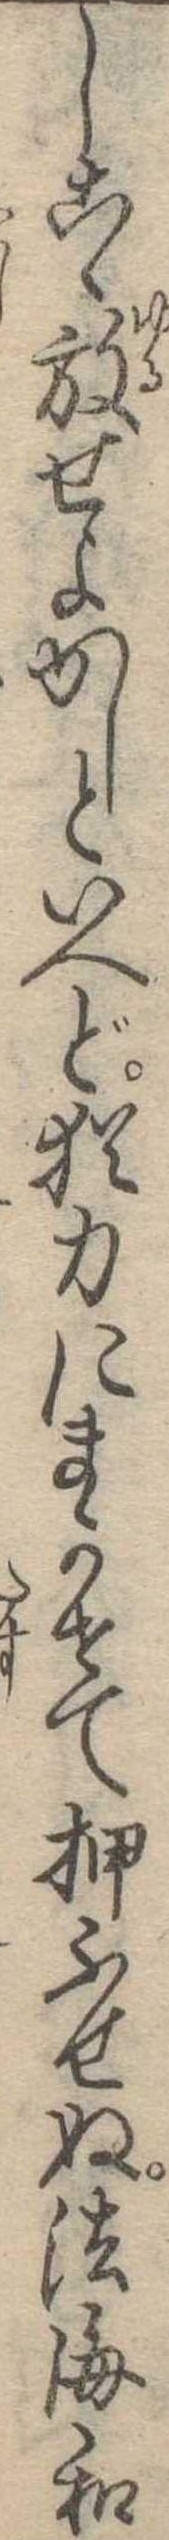
しこゝ放せよかしといへど猶力にまかせて押ふせぬ法海和